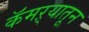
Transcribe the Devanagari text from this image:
कॅमऱ्यातून